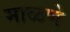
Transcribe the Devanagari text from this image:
माळणे